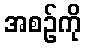
အစဉ်ကို